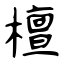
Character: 檀